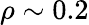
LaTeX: \rho\sim 0.2